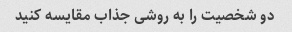
دو شخصیت را به روشی جذاب مقایسه کنید